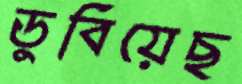
ডুবিয়েছ